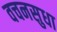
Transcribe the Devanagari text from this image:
वचनसुधा